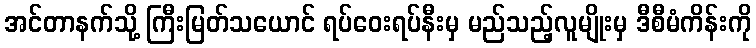
အင်တာနက်သို့ ကြီးမြတ်သယောင် ရပ်ဝေးရပ်နီးမှ မည်သည့်လူမျိုးမှ ဒီစီမံကိန်းကို